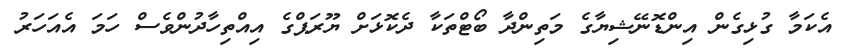
އެކަމާ ގުޅިގެން އިންޑޮނޭޝިޔާގެ މަތިންދާ ބޯޓްތަކާ ދެކޮޅަށް ޔޫރަޕްގެ އިއްތިހާދުންވެސް ހަމަ އެއަހަރު